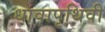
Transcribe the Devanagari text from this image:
धावापृथिवी